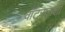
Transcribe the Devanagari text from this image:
वॉटसनशी